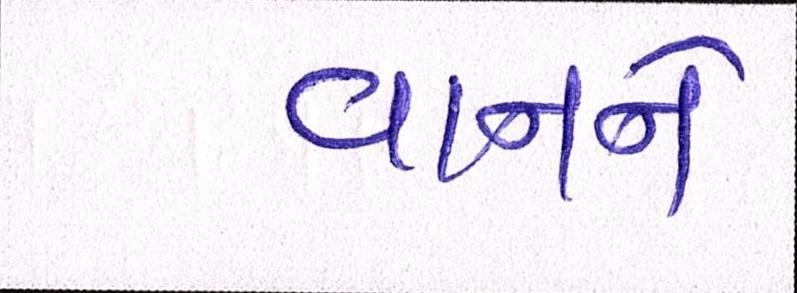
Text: વાનને